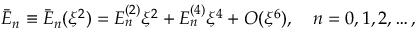
\bar { E } _ { n } \equiv \bar { E } _ { n } ( \xi ^ { 2 } ) = E _ { n } ^ { ( 2 ) } \xi ^ { 2 } + E _ { n } ^ { ( 4 ) } \xi ^ { 4 } + O ( \xi ^ { 6 } ) , \quad n = 0 , 1 , 2 , \dots ,